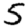
Digit: 5